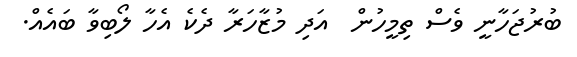
ބުރުޖަހާނީ ވެސް ތިމީހުން  އަދި މުޒާހަރާ ދެކެ އެހާ ލޯބިވާ ބައެއް.